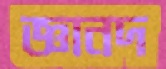
জ্ঞানদ